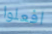
افعلوا